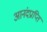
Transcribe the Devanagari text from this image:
आनंदप्राप्ति